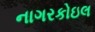
નાગરકોઇલ